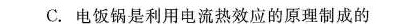
C.电饭锅是利用电流热效应的原理制成的